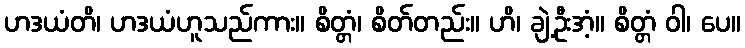
ဟဒယံတိ၊ ဟဒယံဟူသည်ကား။ စိတ္တံ၊ စိတ်တည်း။ ဟိ၊ ချဲ့ဦးအံ့။ စိတ္တံ ဝါ၊ ပေ။